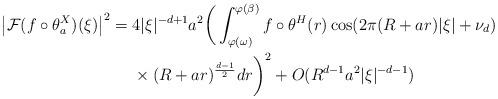
LaTeX: \begin{align*} \big|\mathcal{F}(f\circ \theta_a^X)( \xi )\big|^2 ={}& 4|\xi|^{-d+1} a^2\bigg( \int_{\varphi(\omega)}^{\varphi(\beta)} f\circ \theta^H(r) \cos(2\pi(R+ar)|\xi| + \nu_d)\\&\times (R+ar)^{\frac{d-1}{2}} dr\bigg)^2 +O(R^{d-1}a^2|\xi|^{-d-1})\end{align*}